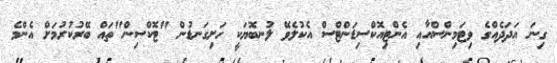
ގިނަ އަދަދެއްގެ ވިޓަމިންްސްއާއި އެންޓިއޮކްސިޑަންޓްސް އެކުލެވޭ ލުނބޮޔަކީ ހަށިގަނޑުން "ޓޮކްސިން"ތައް ބޭރުކުރުމަށް އެންމެ